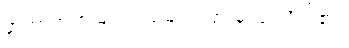
နာတာရှာက မျက်ရည်များကြားမှ ပြုံးလိုက်၏။